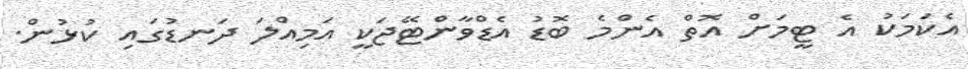
އެކަމަކު އެ ޓީމަށް އޮތް އެންމެ ބޮޑު އެޑްވާންޓޭޖަކީ އަމިއްލަ ދަނޑުގައި ކުޅުން.